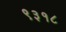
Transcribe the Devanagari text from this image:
९३१८